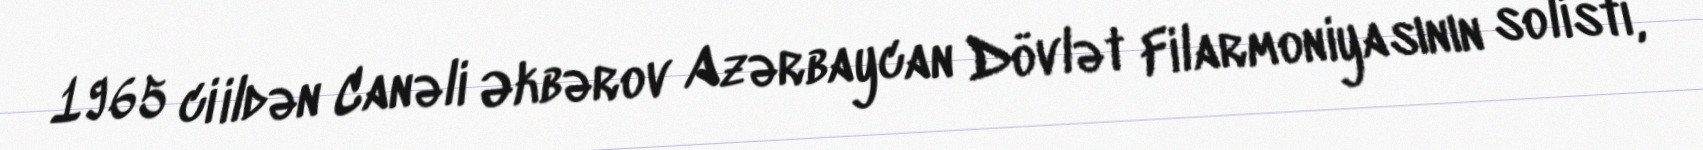
1965 ci ildən Canəli Əkbərov Azərbaycan Dövlət Filarmoniyasının solisti,